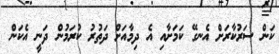
ކަން ސަރުކާރަށް އެނގޭ ކަމަށާއި އެ ދިމާއަށް ދަތުރު ކުރަމުން ދަނީ އެކަން